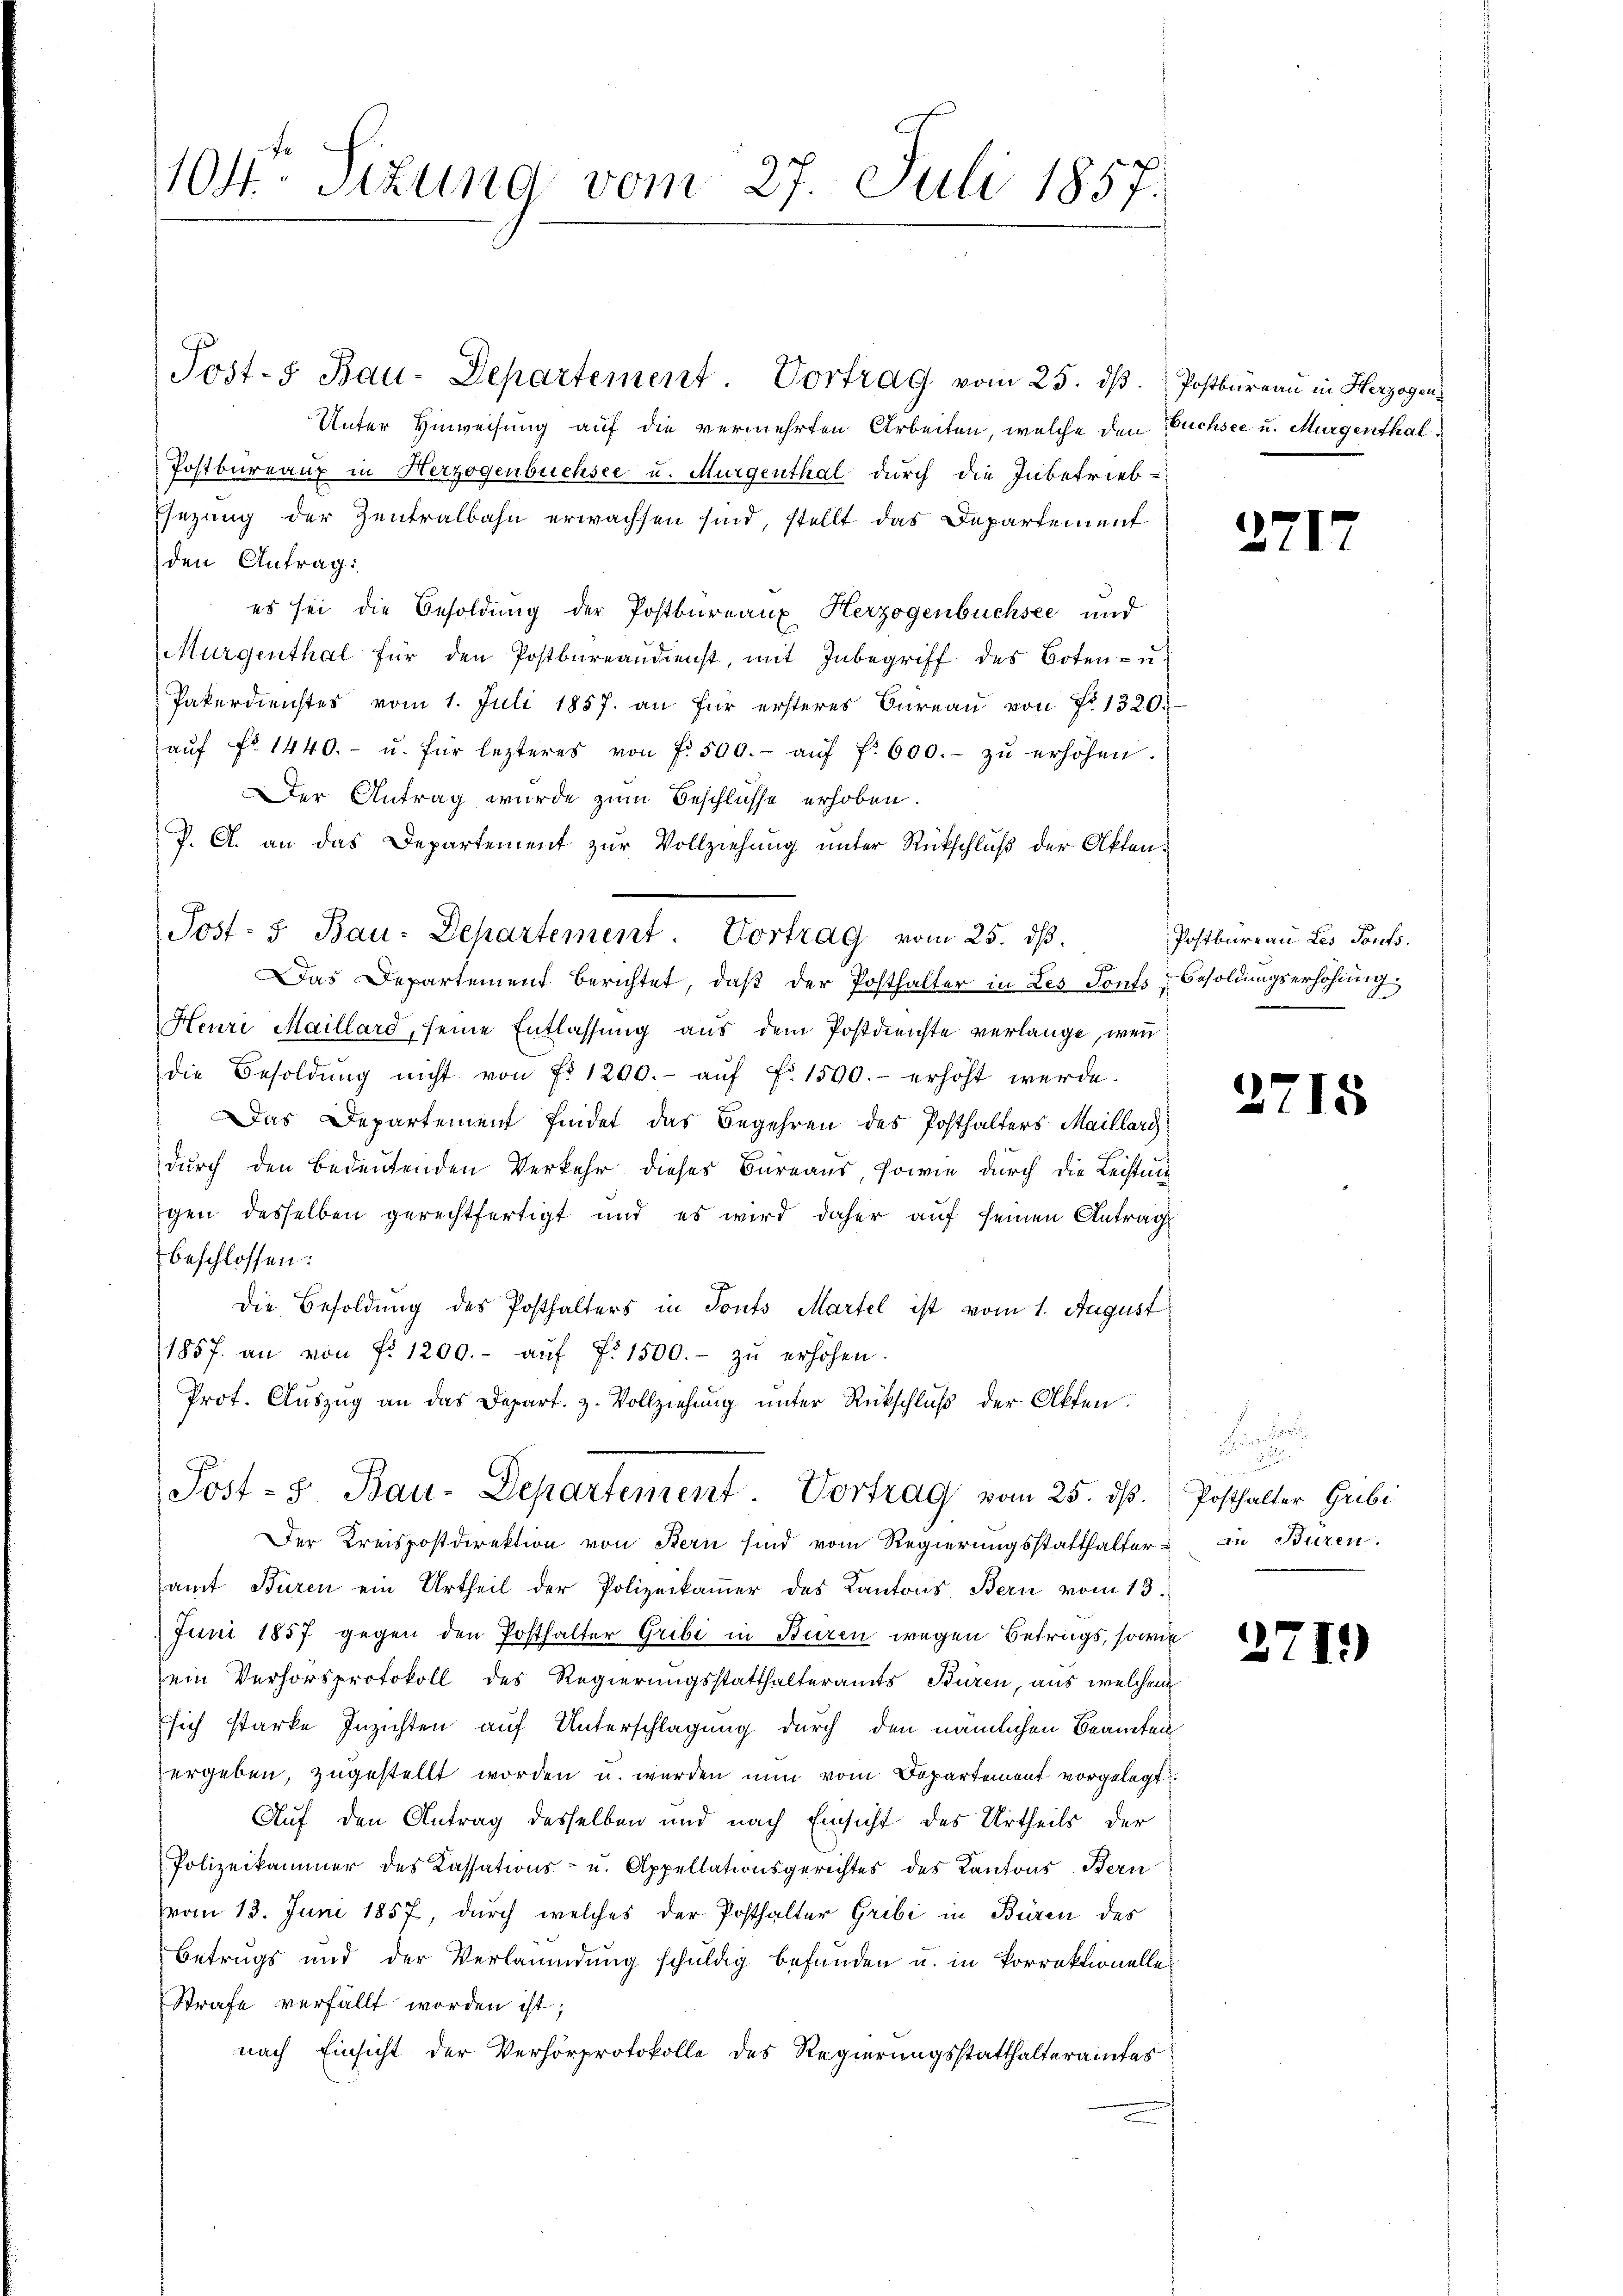
104. Sizung vom 27. Juli 1857.

Post- Bau-Departement. Vortrag vom 25. dβ. Postbüreau in Herzogen
Unter Hinweisung auf die vermehrten Arbeiten, welche den Fuchsee u. Murgenthal¬
Postbureaux in Herzogenbuchsee u. Murgenthal durch die Inbetrieb¬
Esezung der Zentralbahn erwachsen sind, stellt das Departement
den Antrag:
es sei die Besoldung der Postbureaux Herzogenbüchsee und
Murgenthal für den Postbureaudienst, mit Inbegriff des Boten- u.
Pakerdienstes vom 1. Juli 1857. an für ersteres Büreaŭ von N. 1320.
aŭf Fr. 1440.- u. für lezteres von f. 500.- aŭf f. 600.- zŭ erhöhen.
Der Antrag wurde zum Beschlüsse erhoben.
P. A. an das Departement zur Vollziehung unter Rückschluß der Akten¬
Das Departement berichtet, daß der Posthalter in Les donts Besoldungserhöhung
Heure Maillard, seine Entlassung aus dem Postdienste verlange, wenn
die Besoldŭng nicht von Fr. 1200.- aŭf fr. 1590.- erhöht werde.
Das Departement findet das Begehren des Posthalters Maillarg
durch den Bedeutenden Verkehr dieses Büreaus, sowie durch die Leistung
gen desselben gerechtfertigt und es wird daher auf seinen Antrag
beschlossen:
Die Besoldung des Posthalters in Tonts Martel ist vom 1. August
1857. an von fr. 1200.- aŭf fr. 1500.- zŭ erhöhen
Prot. Aŭszŭg an das Depart. z. Vollziehŭng ŭnter Rückschlŭβ der Akten.
Post- Bau-Departement. Vortrag vom 25. d. Posthalter Gubi
Der Kreispostdirektion von Bern sind vom Regierungsstatthalter in Büren.
amt Büren ein Urtheil der Polizeikamer des Kantons Bern vom 13.
Juni 1857 gegen den Posthalter Gribi in Buren wegen Betrags, sowie
ein Verhörsprotokoll des Regierungsstatthalteramts Buren, aus welchem
sich starke Inzichten auf Unterschlagung durch den nämlichen Beamten
ergeben, zugestellt worden u. werden nun vom Departement vorgelegt
Auf den Antrag desselben und nach Einsicht des Urtheils der
Polizeikammer des Kassations- u. Appellationsgerichtes des Kantons Bern
(vom 13. Juni 1857, durch welches der Posthalter Gribi in Büren des
Betrugs und der Verleumdung schuldig befunden u. in Vorrektionelle
Strafe verfällt worden ist;
nach Einsicht der Verhörprotokolle des Regierungsstatthalteramtes

Post- 5. Bau-Departement. Vortrag vom 25. dβ.

2717

Postbureau Les Torfs.

2715

a

2719)